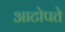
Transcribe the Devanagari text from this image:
आटोपते